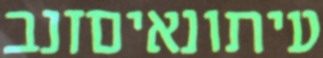
עיתונאיםזנב